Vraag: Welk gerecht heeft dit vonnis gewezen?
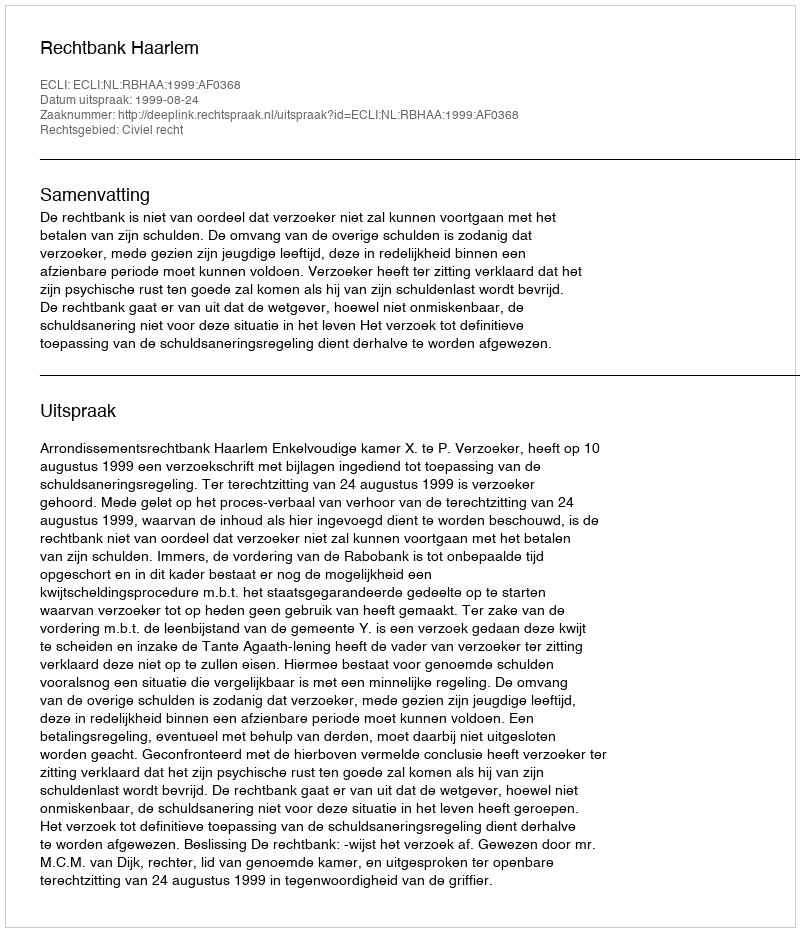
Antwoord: Rechtbank Haarlem